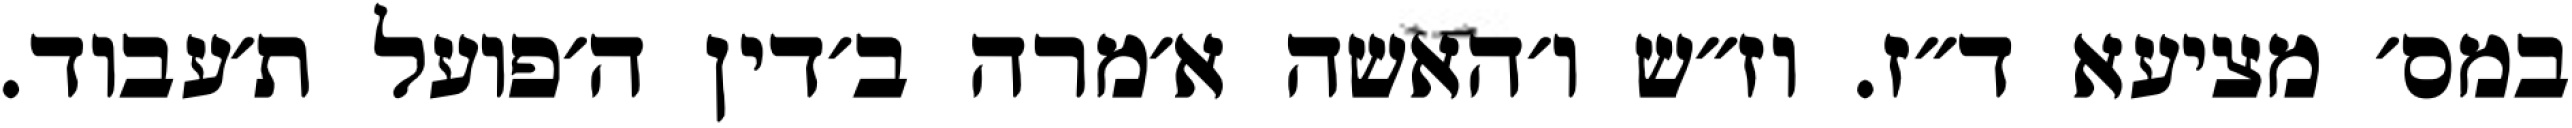
במס׳ מציעא ד״ז. וז״ש ו׳האשה א׳מרה ב׳דין ה׳פועל ת׳עבוד.